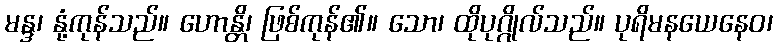
မန္ဒ၊ နုံ့ကုန်သည်။ ဟောန္တိ၊ ဖြစ်ကုန်၏။ သော၊ ထိုပုဂ္ဂိုလ်သည်။ ပုရိမနယေနေဝ၊